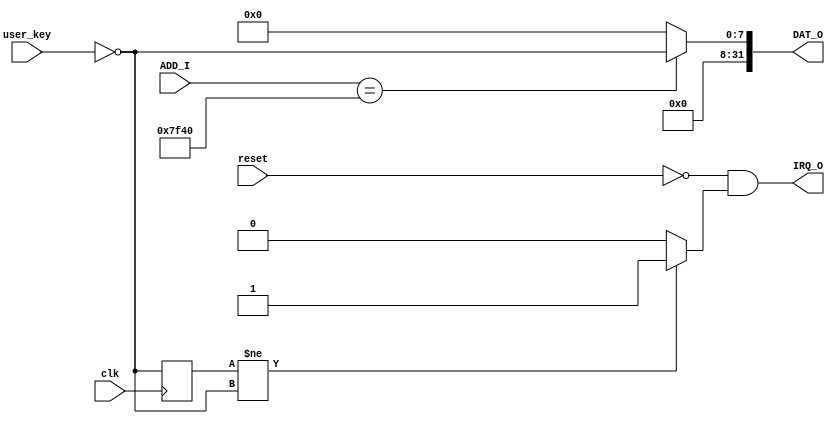
`timescale 1ns / 1ps
//////////////////////////////////////////////////////////////////////////////////
// Company: 
// Engineer: 
// 
// Design Name: 
// Module Name:    user_key 
// Project Name: 
// Target Devices: 
// Tool versions: 
// Description: 
//
// Dependencies: 
//
// Revision: 
// Revision 0.01 - File Created
// Additional Comments: 
//
//////////////////////////////////////////////////////////////////////////////////
module user_key(
    input [7:0] user_key,
	 
	 input [31:0] ADD_I,
	 output [31:0] DAT_O,
	 
	 output IRQ_O,
	 input clk, reset
    );

reg [7:0] state;
wire [7:0] key = ~user_key;

always @(posedge clk) begin
	if (reset) begin
		state <= key;
	end else begin
		state <= key;
	end
end

assign DAT_O = ADD_I == 32'h0000_7f40 ? key : 32'b0;

assign IRQ_O = !reset & (state != key ? 1 : 0);

endmodule